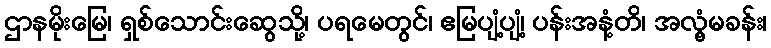
ဌာနမိုးမြေ၊ ရှစ်သောင်းဆွေသို့၊ ပရမေတွင်၊ ဧမြပျံ့ပျံ့၊ ပန်းအနံ့တိ၊ အလွံ့မခန်း၊